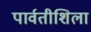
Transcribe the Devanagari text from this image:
पार्वतीशिला